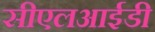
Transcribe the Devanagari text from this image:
सीएलआईडी